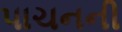
પાચનની